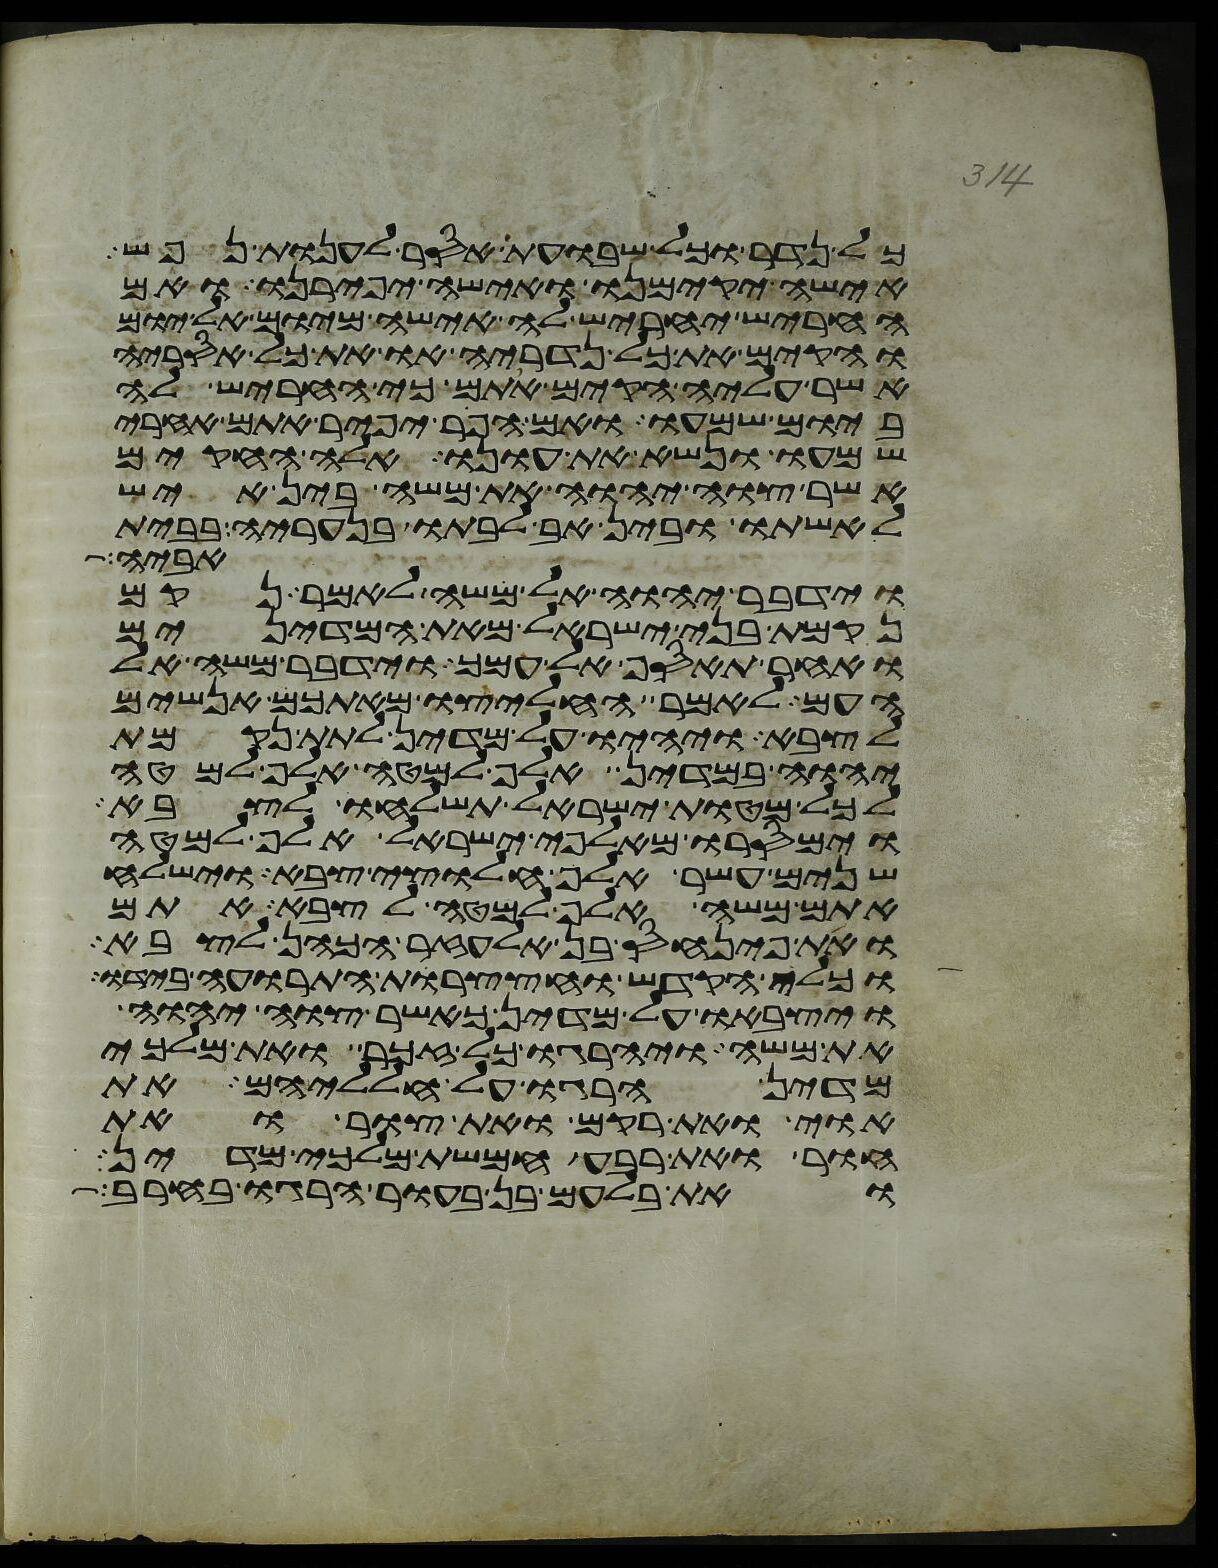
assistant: כל נדר וכל שבועת אסר לענות נפש
אישה יקימנו ואישה יפירנו ואם
החריש יחריש לה אישה מיום אל יום
והקם את כל נדריה או את כל אסריה
אשר עליה הקים אתם כי חריש לה
ביום שמעו ואם הפר יפיר אתם אחרי
שמעו ונשא את עונו אלה החקים
אשר צוה יהוה את משה בין איש
לאשתו ובין אב לבתו בנעריה בבית
אביה
וידבר יהוה אל משה לאמר נקם
נקמת בני ישראל מאת המדינים
ואחר תאסף אל עמך וידבר משה אל
העם לאמר החליצו מאתכם אנשים
לצבא ויהיו על מדין לתת נקמת
יהוה במדין אלף למטה אלף למטה
לכל מטות ישראל תשלחו לצבא
וימסרו מאלפי ישראל אלף למטה
שנים עשר אלף חלוצי צבא וישלח
אתם משה אלף למטה לצבא אתם
ואת פינחס בן אלעזר הכהן לצבא
וכלי הקדש וחצצרות התרועה בידו
ויצבאו על מדין כאשר צוה יהוה
את משה ויהרגו כל זכר ואת מלכי
מדין הרגו על חלליהם את
אוי ואת רקם ואת צור ואת
חור ואת רבע חמשת מלכי מדין
ואת בלעם בן בעור הרגו בחרב